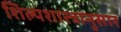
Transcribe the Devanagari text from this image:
शिल्पशास्त्रानुसार